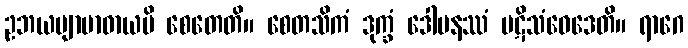
ဥဘယဗျာဗာဓာယပိ စေတေတိ။ စေတသိကံ ဒုက္ခံ ဒေါမနဿံ ပဋိသံဝေဒေတိ။ ရာဂေ